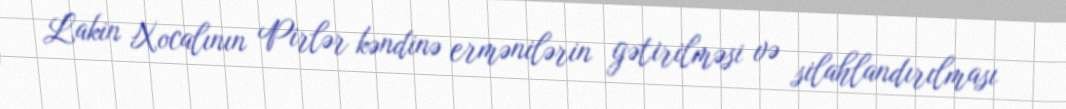
Lakin Xocalının Pirlər kəndinə ermənilərin gətirilməsi və silahlandırılması